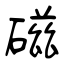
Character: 磁